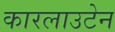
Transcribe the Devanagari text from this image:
कारलाउटेन